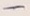
Text: -